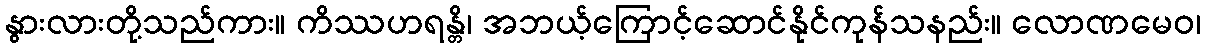
နွားလားတို့သည်ကား။ ကိဿဟရန္တိ၊ အဘယ့်ကြောင့်ဆောင်နိုင်ကုန်သနည်း။ လောဏမေဝ၊